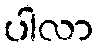
ပါလာ